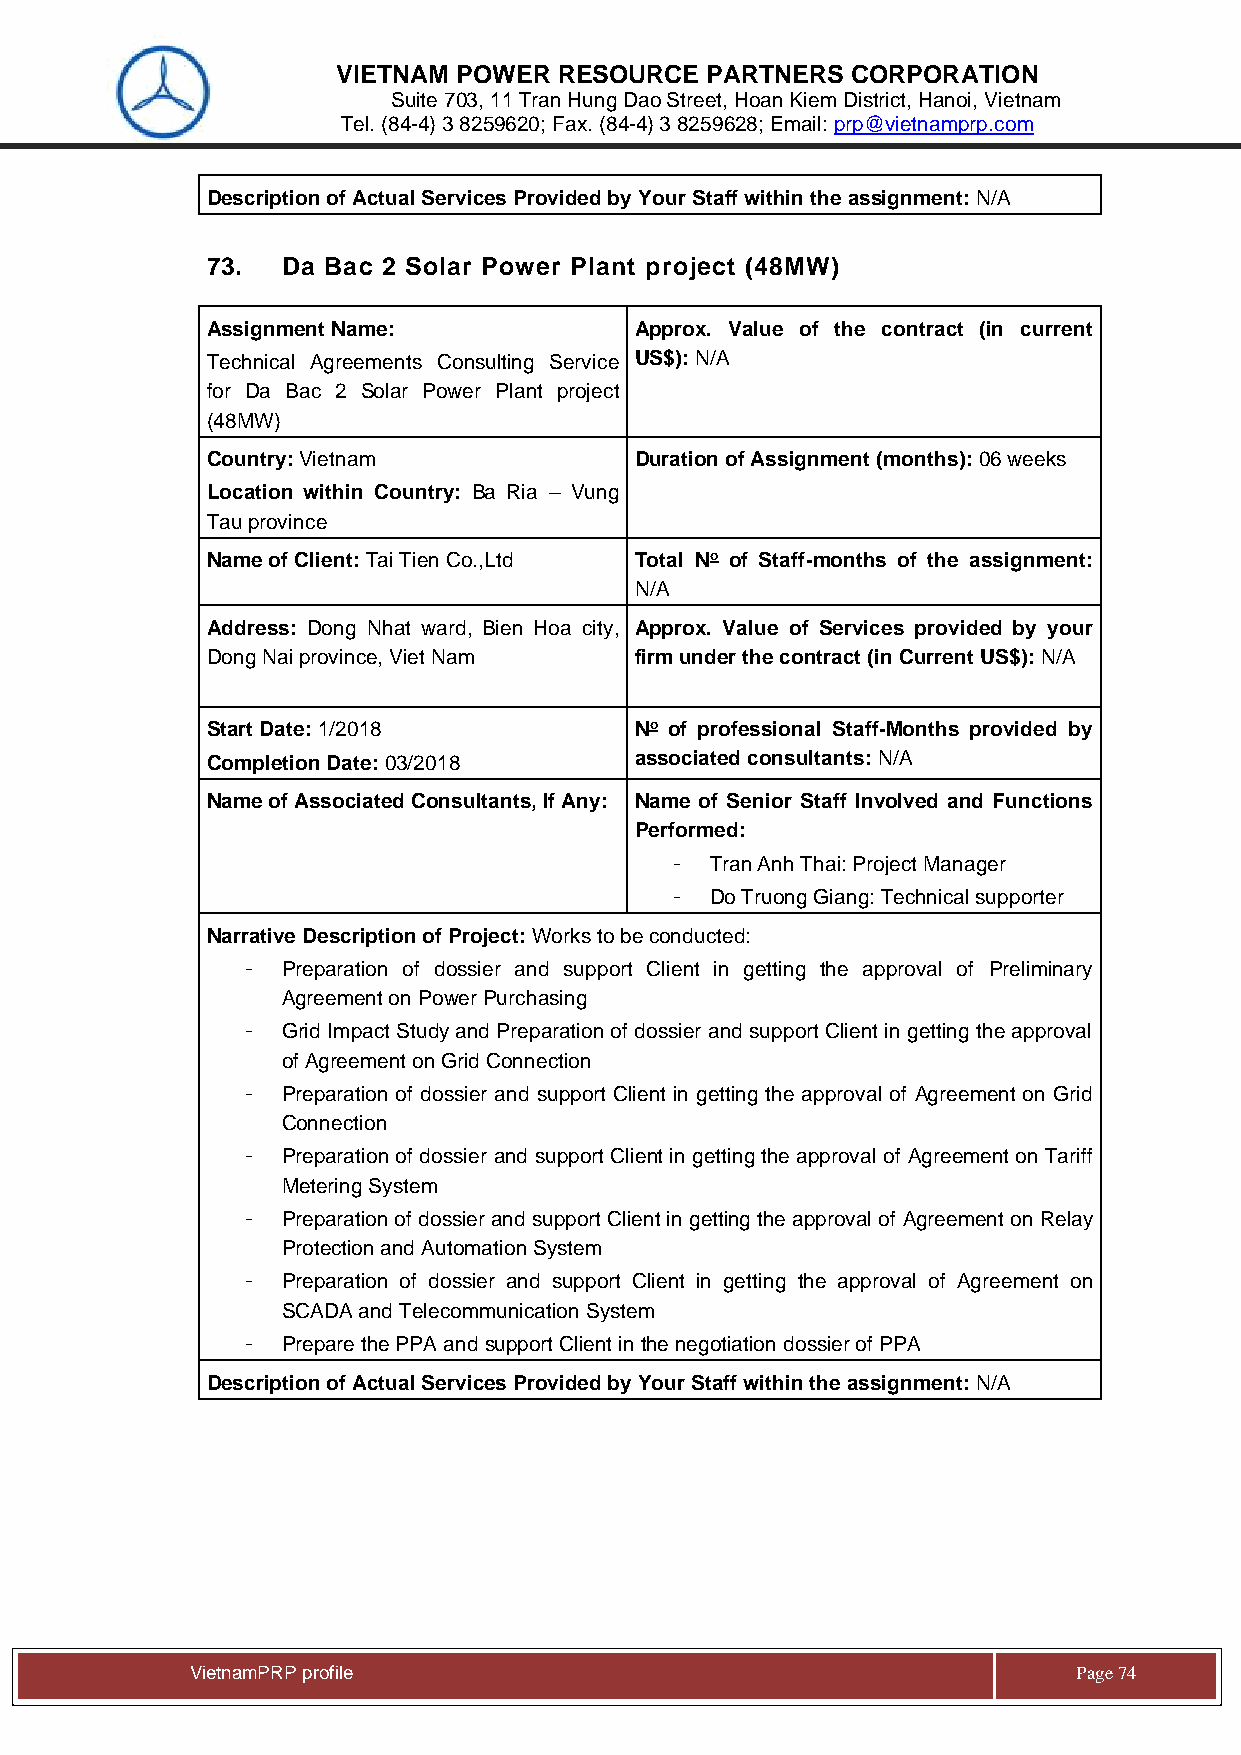
VIETNAM POWER  RESOURCE  PARTNERS CORPORATION
 Suite 703, 11 Tran Hung Dao Street, Hoan Kiem District, Hanoi, Vietnam
 Tel. (84-4) 3 8259620; Fax. (84-4) 3 8259628; Email: prp@vietnamprp.com
 Description of Actual Services Provided by Your Staff within the assignment: N/A
 73.  Da Bac 2 Solar Power Plant project (48MW)
 Assignment Name:            Approx. Value of the contract (in current
 Technical Agreements Consulting Service US$): N/A
 for Da Bac 2 Solar Power Plant project
 (48MW)
 Country: Vietnam            Duration of Assignment (months): 06 weeks
 Location within Country: Ba Ria – Vung
 Tau province
 Name of Client: Tai Tien Co.,Ltd Total No of Staff-months of the assignment:
 N/A
 Address: Dong Nhat ward, Bien Hoa city, Approx. Value of Services provided by your
 Dong Nai province, Viet Nam firm under the contract (in Current US$): N/A
 Start Date: 1/2018          No of professional Staff-Months provided by
 Completion Date: 03/2018    associated consultants: N/A
 Name of Associated Consultants, If Any: Name of Senior Staff Involved and Functions
 Performed:
 -  Tran Anh Thai: Project Manager
 -  Do Truong Giang: Technical supporter
 Narrative Description of Project: Works to be conducted:
 -  Preparation of dossier and support Client in getting the approval of Preliminary
 Agreement on Power Purchasing
 -  Grid Impact Study and Preparation of dossier and support Client in getting the approval
 of Agreement on Grid Connection
 -  Preparation of dossier and support Client in getting the approval of Agreement on Grid
 Connection
 -  Preparation of dossier and support Client in getting the approval of Agreement on Tariff
 Metering System
 -  Preparation of dossier and support Client in getting the approval of Agreement on Relay
 Protection and Automation System
 -  Preparation of dossier and support Client in getting the approval of Agreement on
 SCADA and Telecommunication System
 -  Prepare the PPA and support Client in the negotiation dossier of PPA
 Description of Actual Services Provided by Your Staff within the assignment: N/A
 Vie tnamPRP profile                                       Page 74